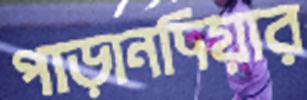
পাড়ানদিয়ার